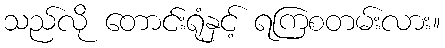
သည်လို တောင်းရုံနှင့် ရကြစတမ်းလား။